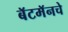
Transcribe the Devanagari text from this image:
बॅटमॅनचे